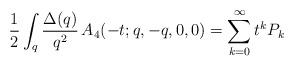
LaTeX: \begin{align*}\frac{1}{2} \int_q \frac{\Delta (q)}{q^2}\, A_4 (-t; q,-q,0,0) =\sum_{k=0}^\infty t^k P_k\end{align*}